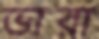
ভারা